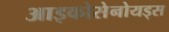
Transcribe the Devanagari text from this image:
आइकोसेनोयड्स